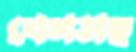
বেগসহ